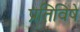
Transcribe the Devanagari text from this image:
प्रतिविषे